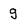
Character: g